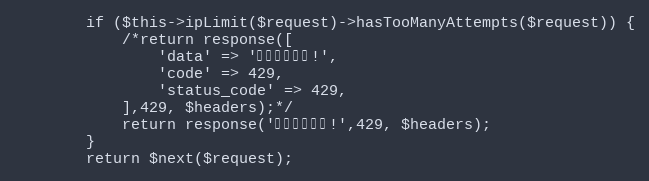
Language: PHP
        if ($this->ipLimit($request)->hasTooManyAttempts($request)) {
            /*return response([
                'data' => '访问次数限制!',
                'code' => 429,
                'status_code' => 429,
            ],429, $headers);*/
			return response('访问次数限制!',429, $headers);
        }
        return $next($request);